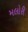
મલોરી